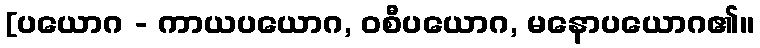
[ပယောဂ - ကာယပယောဂ, ဝစီပယောဂ, မနောပယောဂ၏၊၊